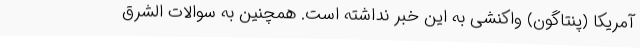
آمریکا (پنتاگون) واکنشی به این خبر نداشته است. همچنین به سوالات الشرق